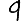
Digit: 9